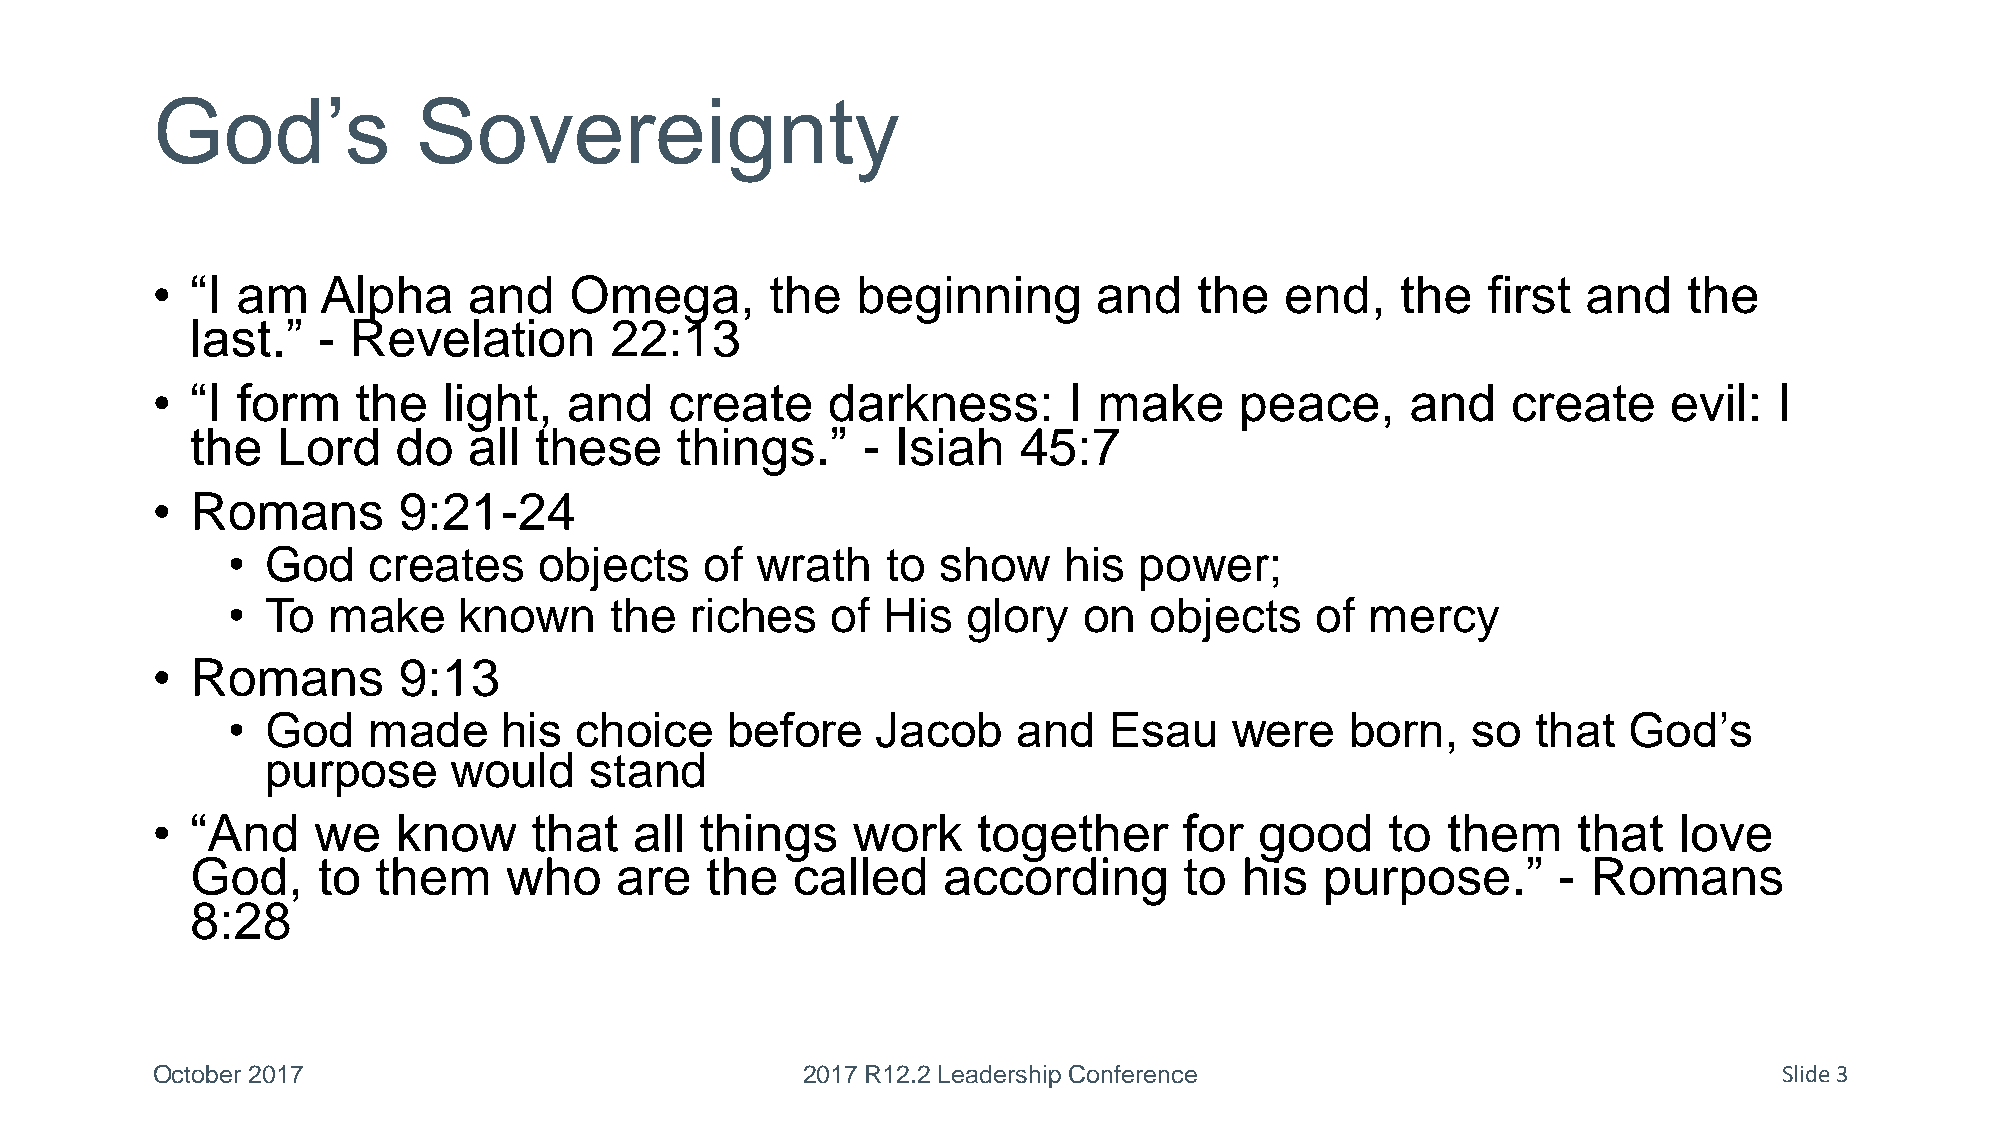
God’s             Sovereignty
 •  “I am   Alpha     and    Omega,       the   beginning       and   the   end,    the  first  and    the
 last.”  - Revelation       22:13
 •  “I form    the  light,   and   create     darkness:       I make     peace,     and    create     evil:  I
 the  Lord    do   all these     things.”    - Isiah   45:7
 •  Romans       9:21-24
 •  God   creates     objects    of wrath    to show    his  power;
 •  To  make    known     the   riches   of  His  glory   on  objects    of  mercy
 •  Romans       9:13
 •  God   made     his  choice    before    Jacob    and   Esau     were   born,   so   that  God’s
 purpose     would    stand
 •  “And    we   know     that   all things    work     together     for  good     to  them    that   love
 God,    to  them    who     are   the  called    according       to  his   purpose.”      - Romans
 8:28
 October 2017                               2017 R12.2 Leadership Conference                                 Slide 3